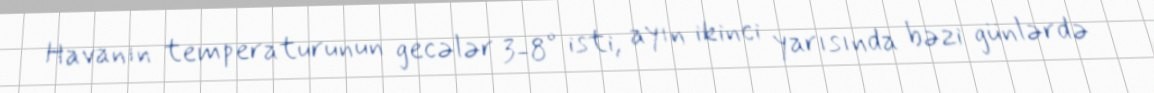
Havanın temperaturunun gecələr 3-8° isti, ayın ikinci yarısında bəzi günlərdə